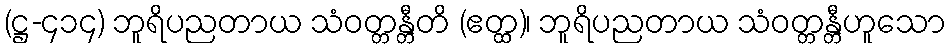
(ဋ္ဌ-၄၁၄) ဘူရိပညတာယ သံဝတ္တန္တီတိ (ဧတ္ထ)၊ ဘူရိပညတာယ သံဝတ္တန္တီဟူသော